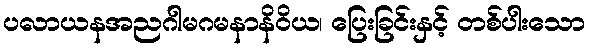
ပလာယနအညဂါမဂမနာနိဝိယ၊ ပြေးခြင်းနှင့် တစ်ပါးသော